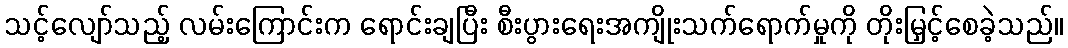
သင့်လျော်သည့် လမ်းကြောင်းက ရောင်းချပြီး စီးပွားရေးအကျိုးသက်ရောက်မှုကို တိုးမြှင့်စေခဲ့သည်။